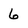
Character: 6